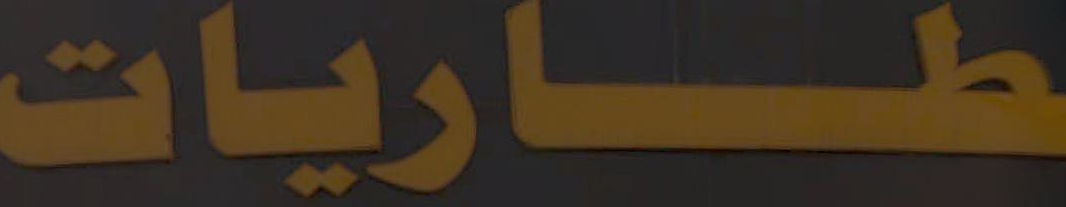
طاريات